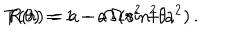
T ( \theta ) = 1 - a \, \Omega \, { \sin } ^ { 2 } { \theta } \, , \hspace { . 5 c m } R ( r ) = a - \Omega \, ( { r } ^ { 2 } + { a } ^ { 2 } ) \, .